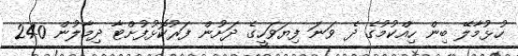
ހުޅުމާލޭ ބިން ހިއްކުމުގެ ދެ ވަނަ ފިޔަވަހީގެ ދަށުން ފަރުކޮޅުފުށްޓާ ދިމާލުން 240